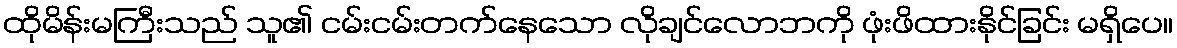
ထိုမိန်းမကြီးသည် သူ၏ ငမ်းငမ်းတက်နေသော လိုချင်လောဘကို ဖုံးဖိထားနိုင်ခြင်း မရှိပေ။